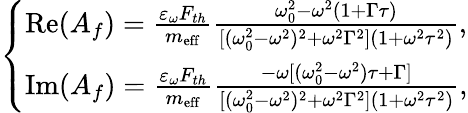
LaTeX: \left\{ \begin{array}{ll}{\mathrm{Re}(A_{f})=\frac{\varepsilon_{\omega}F_{th}}{m_{\mathrm{eff}}}\frac{\omega_{0}^{2}-\omega^{2}(1+\Gamma\tau)}{[(\omega_{0}^{2}-\omega^{2})^{2}+\omega^{2}\Gamma^{2}](1+\omega^{2}\tau^{2})},}\\ {\mathrm{Im}(A_{f})=\frac{\varepsilon_{\omega}F_{th}}{m_{\mathrm{eff}}}\frac{-\omega[(\omega_{0}^{2}-\omega^{2})\tau+\Gamma]}{[(\omega_{0}^{2}-\omega^{2})^{2}+\omega^{2}\Gamma^{2}](1+\omega^{2}\tau^{2})},}\end{array}\right.